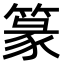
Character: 篆